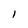
Character: l